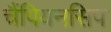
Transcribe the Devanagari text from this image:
चैंपियनसिप